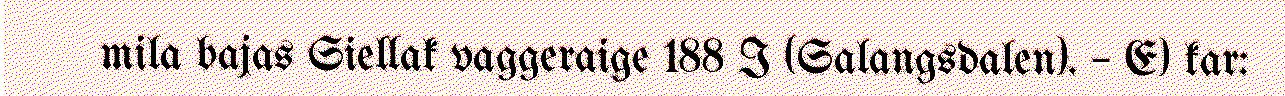
mila bajas Siellak vaggeraige 188 I (Salangsdalen). – E) kar: